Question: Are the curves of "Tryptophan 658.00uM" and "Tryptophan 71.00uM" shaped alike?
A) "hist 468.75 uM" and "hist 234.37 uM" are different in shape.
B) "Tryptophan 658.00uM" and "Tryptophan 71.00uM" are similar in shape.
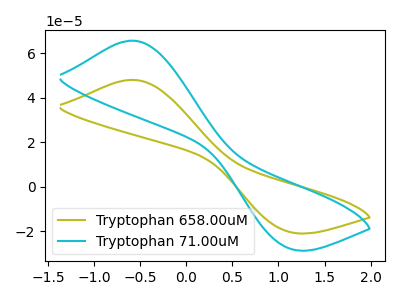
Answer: <think>The olive curve "Tryptophan 658.00uM" has an anodic peak at (-0.60V, 47.95uA) and a cathodic peak at (1.10V, -20.15uA). The cyan curve "Tryptophan 71.00uM" has an anodic peak at (-0.60V, 65.55uA) and a cathodic peak at (1.10V, -27.55uA).
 All the peaks in "Tryptophan 658.00uM" have a peak in "Tryptophan 71.00uM" at the same potential. Every peak in "Tryptophan 658.00uM" is lower than every peak in "Tryptophan 71.00uM".</think>
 <answer>B) "Tryptophan 658.00uM" and "Tryptophan 71.00uM" are similar in shape.</answer>
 <eval>B</eval>